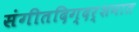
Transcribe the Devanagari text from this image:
संगीतदिग्दर्शनात